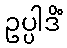
ဥပ္ပါဒိံ